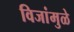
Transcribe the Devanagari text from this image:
विजांमुळे